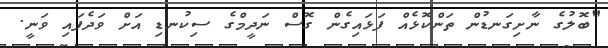
"ބޮލުގެ ނާށިގަނޑުން ތަންކޮޅެއް ފަޅައިގެން ގޮސް ނަދީމްގެ ސިކުނޑި އަށް ވަދެފައި ވަނީ.